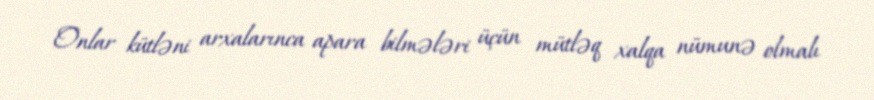
Onlar kütləni arxalarınca apara bilmələri üçün mütləq xalqa nümunə olmalı